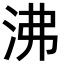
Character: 沸